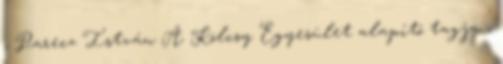
, Parecz István A Kölcsy Egyesület alapító tagja ,